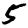
Digit: 5